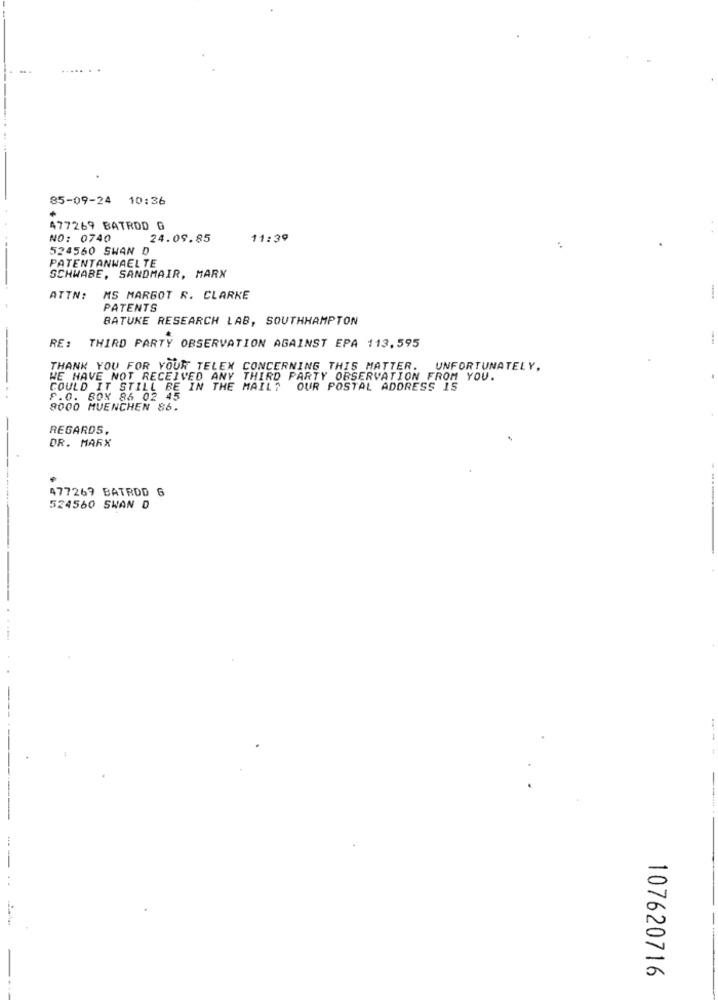
85-09-24 10:36
477269 BATRDD G
NO: 0740
24.09.85
11:39
524560 SWAN D
PATENTANWAELTE
SCHWABE, SANDMAIR, MARX
ATTN:
MS MARGOT R. CLARKE
PATENTS
BATUKE RESEARCH LAB, SOUTHHAMPTON
RE :
THIRD PARTY OBSERVATION AGAINST EPA 113,595
THANK YOU FOR YOUR TELEX CONCERNING THIS MATTER.
UNFORTUNATELY,
WE HAVE NOT RECEIVED ANY THIRD PARTY OBSERVATION FROM YOU.
COULD IT STILL BE IN THE MAIL?
OUR POSTAL ADDRESS IS
F.O. BOX 86 02 45
8000 MUENCHEN 86.
-
REGARDS,
DR. MARX
477269 BATRDD 6
524560 SWAN D
107620716